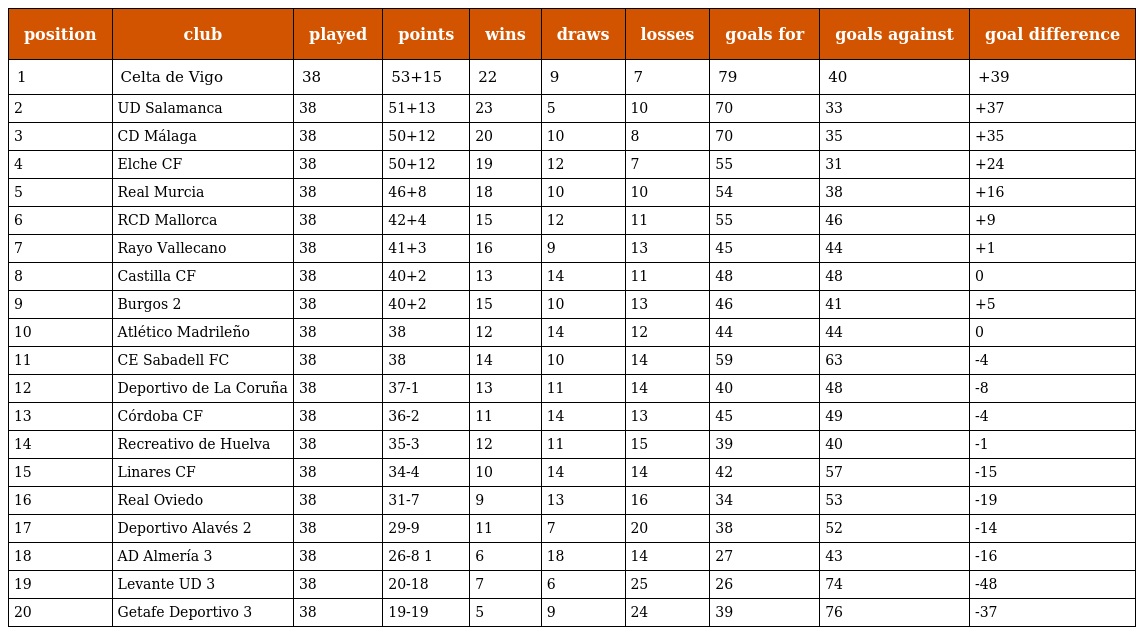
| position | club | played | points | wins | draws | losses | goals for | goals against | goal difference |
 | --- | --- | --- | --- | --- | --- | --- | --- | --- | --- |
 | 1 | Celta de Vigo | 38 | 53+15 | 22 | 9 | 7 | 79 | 40 | +39 |
 | 2 | UD Salamanca | 38 | 51+13 | 23 | 5 | 10 | 70 | 33 | +37 |
 | 3 | CD Málaga | 38 | 50+12 | 20 | 10 | 8 | 70 | 35 | +35 |
 | 4 | Elche CF | 38 | 50+12 | 19 | 12 | 7 | 55 | 31 | +24 |
 | 5 | Real Murcia | 38 | 46+8 | 18 | 10 | 10 | 54 | 38 | +16 |
 | 6 | RCD Mallorca | 38 | 42+4 | 15 | 12 | 11 | 55 | 46 | +9 |
 | 7 | Rayo Vallecano | 38 | 41+3 | 16 | 9 | 13 | 45 | 44 | +1 |
 | 8 | Castilla CF | 38 | 40+2 | 13 | 14 | 11 | 48 | 48 | 0 |
 | 9 | Burgos 2 | 38 | 40+2 | 15 | 10 | 13 | 46 | 41 | +5 |
 | 10 | Atlético Madrileño | 38 | 38 | 12 | 14 | 12 | 44 | 44 | 0 |
 | 11 | CE Sabadell FC | 38 | 38 | 14 | 10 | 14 | 59 | 63 | -4 |
 | 12 | Deportivo de La Coruña | 38 | 37-1 | 13 | 11 | 14 | 40 | 48 | -8 |
 | 13 | Córdoba CF | 38 | 36-2 | 11 | 14 | 13 | 45 | 49 | -4 |
 | 14 | Recreativo de Huelva | 38 | 35-3 | 12 | 11 | 15 | 39 | 40 | -1 |
 | 15 | Linares CF | 38 | 34-4 | 10 | 14 | 14 | 42 | 57 | -15 |
 | 16 | Real Oviedo | 38 | 31-7 | 9 | 13 | 16 | 34 | 53 | -19 |
 | 17 | Deportivo Alavés 2 | 38 | 29-9 | 11 | 7 | 20 | 38 | 52 | -14 |
 | 18 | AD Almería 3 | 38 | 26-8 1 | 6 | 18 | 14 | 27 | 43 | -16 |
 | 19 | Levante UD 3 | 38 | 20-18 | 7 | 6 | 25 | 26 | 74 | -48 |
 | 20 | Getafe Deportivo 3 | 38 | 19-19 | 5 | 9 | 24 | 39 | 76 | -37 |